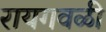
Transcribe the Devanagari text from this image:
रायगवळी